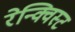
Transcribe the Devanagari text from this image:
रेन्क्विस्ट